Report of an investigation into the causes of malaria in Bombay and the measures necessary for its control
Disease focus: Malaria
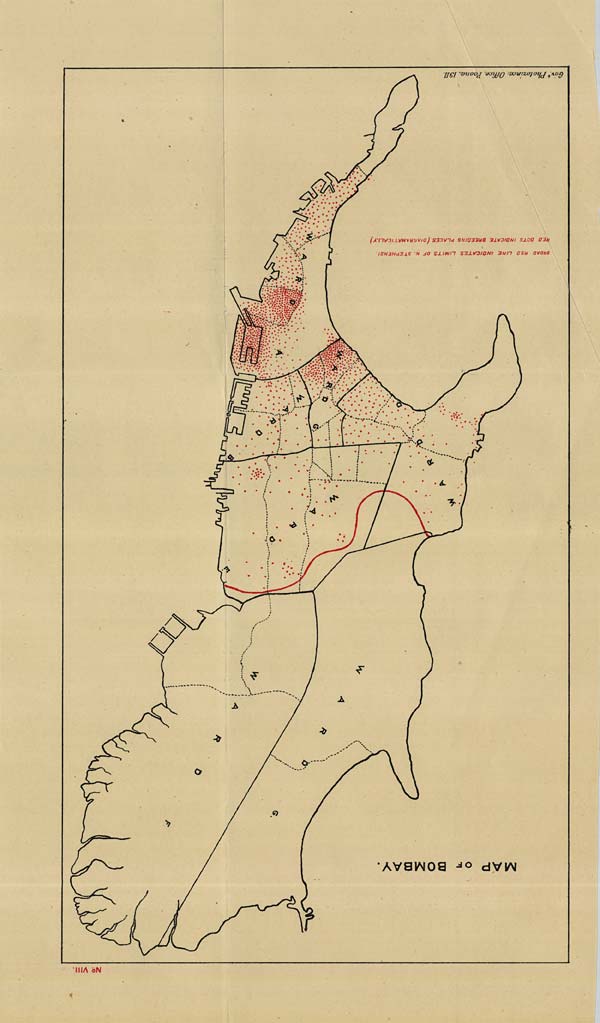
No: VIII.